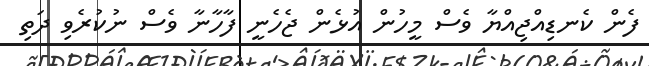
ފެން ކެނޑިއްޖިއްޔާ ވެސް މީހުން އުޅެން ޖެހެނީ ފާހާނާ ވެސް ނުކުރެވި ދަތި